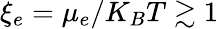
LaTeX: \xi_{e}=\mu_{e}/K_{B}T\gtrsim 1